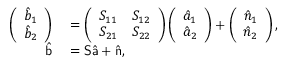
\begin{array} { r l } { \left( \begin{array} { c } { \hat { b } _ { 1 } } \\ { \hat { b } _ { 2 } } \end{array} \right) } & { { } = \left( \begin{array} { c c } { S _ { 1 1 } } & { S _ { 1 2 } } \\ { S _ { 2 1 } } & { S _ { 2 2 } } \end{array} \right) \left( \begin{array} { c } { \hat { a } _ { 1 } } \\ { \hat { a } _ { 2 } } \end{array} \right) + \left( \begin{array} { c } { \hat { n } _ { 1 } } \\ { \hat { n } _ { 2 } } \end{array} \right) , } \\ { \hat { \mathsf b } } & { { } = { \mathsf S } \hat { \mathsf a } + \hat { \mathsf n } , } \end{array}